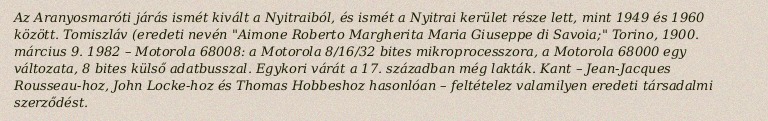
Az Aranyosmaróti járás ismét kivált a Nyitraiból, és ismét a Nyitrai kerület része lett, mint 1949 és 1960 között. Tomiszláv (eredeti nevén "Aimone Roberto Margherita Maria Giuseppe di Savoia;" Torino, 1900. március 9. 1982 – Motorola 68008: a Motorola 8/16/32 bites mikroprocesszora, a Motorola 68000 egy változata, 8 bites külső adatbusszal. Egykori várát a 17. században még lakták. Kant – Jean-Jacques Rousseau-hoz, John Locke-hoz és Thomas Hobbeshoz hasonlóan – feltételez valamilyen eredeti társadalmi szerződést.